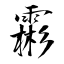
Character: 霦